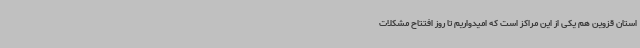
استان قزوین هم یکی از این مراکز است که امیدواریم تا روز افتتاح مشکلات